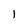
Character: 1